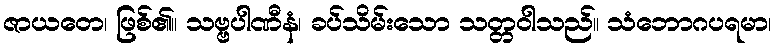
ဇာယတေ၊ ဖြစ်၏။ သဗ္ဗပါဏီနံ၊ ခပ်သိမ်းသော သတ္တဝါသည်။ သံဘောဂပရမာ၊